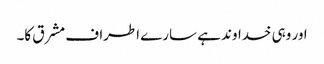
اور وہی خداوند ہے سارے اطراف مشرق کا۔